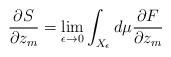
LaTeX: \begin{align*}\frac{\partial S}{\partial z_m}= \lim_{\epsilon \rightarrow 0}\int_{X_\epsilon} d\mu \frac{\partial F}{\partial z_m}\end{align*}